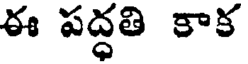
ఈ పద్ధతి కాక